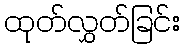
ထုတ်လွှတ်ခြင်း